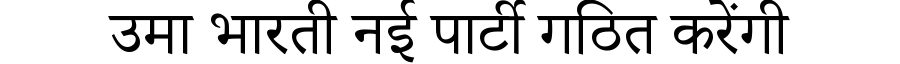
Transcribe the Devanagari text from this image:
उमा भारती नई पार्टी गठित करेंगी